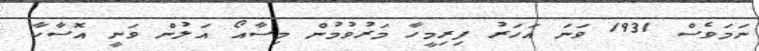
ނަމަވެސް 1931 ވަނަ އަހަރު ފިރިމީހާ މަރުވުމުން މިސާއޯ އަލުން ވަނީ އޮސާކާ